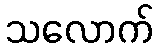
သလောက်